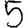
Digit: 5